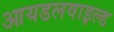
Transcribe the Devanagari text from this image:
आयडलवाइल्ड